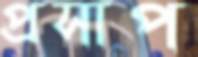
প্রসাপ